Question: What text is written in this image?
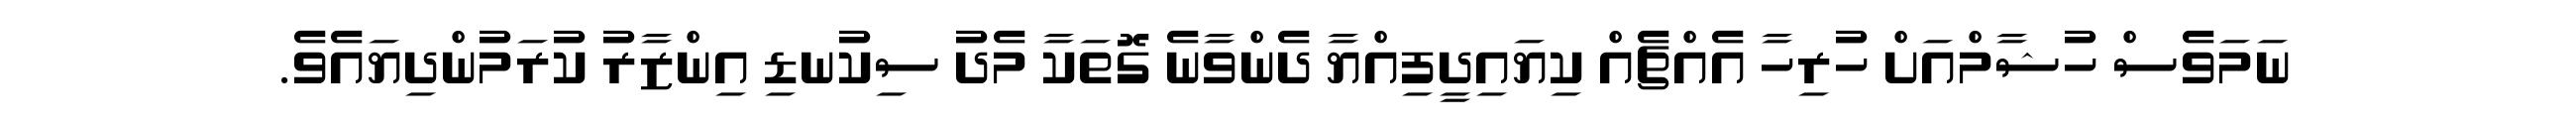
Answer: ނަމަވެސް ހުޝާމްއަށް ހުރިހާ އެއްޗެއް ކިޔައިދީފިއްޔާ ދެންވާނެ ގޮތަކާ މެދު ސިކުނޑި އިންޒާރު ކުރަމުންދިޔައެވެ.